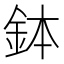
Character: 鉢